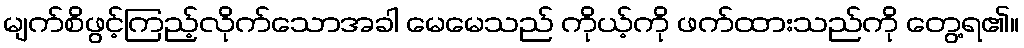
မျက်စိဖွင့်ကြည့်လိုက်သောအခါ မေမေသည် ကိုယ့်ကို ဖက်ထားသည်ကို တွေ့ရ၏။